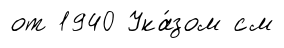
от 1940 Ука́зом см